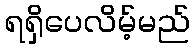
ရရှိပေလိမ့်မည်